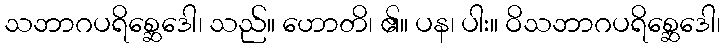
သဘာဂပရိစ္ဆေဒေါ၊ သည်။ ဟောတိ၊ ၏။ ပန၊ ပါး။ ဝိသဘာဂပရိစ္ဆေဒေါ၊